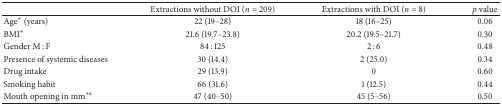
|  | Extractions without DOI (n = 209) | Extractions with DOI (n = 8) | p value |
 | --- | --- | --- | --- |
 | Age∗ (years) | 22 (19–28) | 18 (16–25) | 0.06 |
 | BMI∗ | 21.6 (19.7–23.8) | 20.2 (19.5–21.7) | 0.30 |
 | Gender M : F | 84 : 125 | 2 : 6 | 0.48 |
 | Presence of systemic diseases | 30 (14.4) | 2 (25.0) | 0.34 |
 | Drug intake | 29 (13.9) | 0 | 0.60 |
 | Smoking habit | 66 (31.6) | 1 (12.5) | 0.44 |
 | Mouth opening in mm∗a | 47 (40–50) | 45 (5–56) | 0.50 |